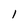
Character: 1